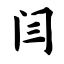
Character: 闫